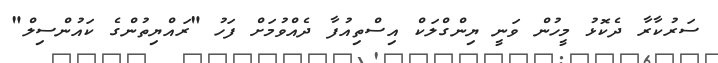
ސަރުކާރާ ދެކޮޅު މީހުން ވަނީ ޔިންގްލަކް އިސްތިއުފާ ދެއްވުމަށް ފަހު "ރައްޔިތުންގެ ކައުންސިލް"